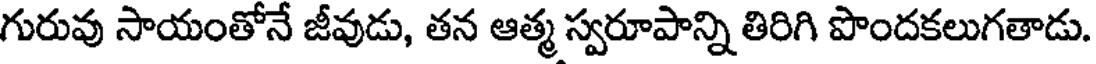
గురువు సాయంతోనే జీవుడు, తన ఆత్మ స్వరూపాన్ని తిరిగి పొందకలుగతాడు.